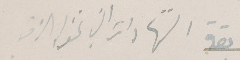
الشهادات التي تخوله الامر.